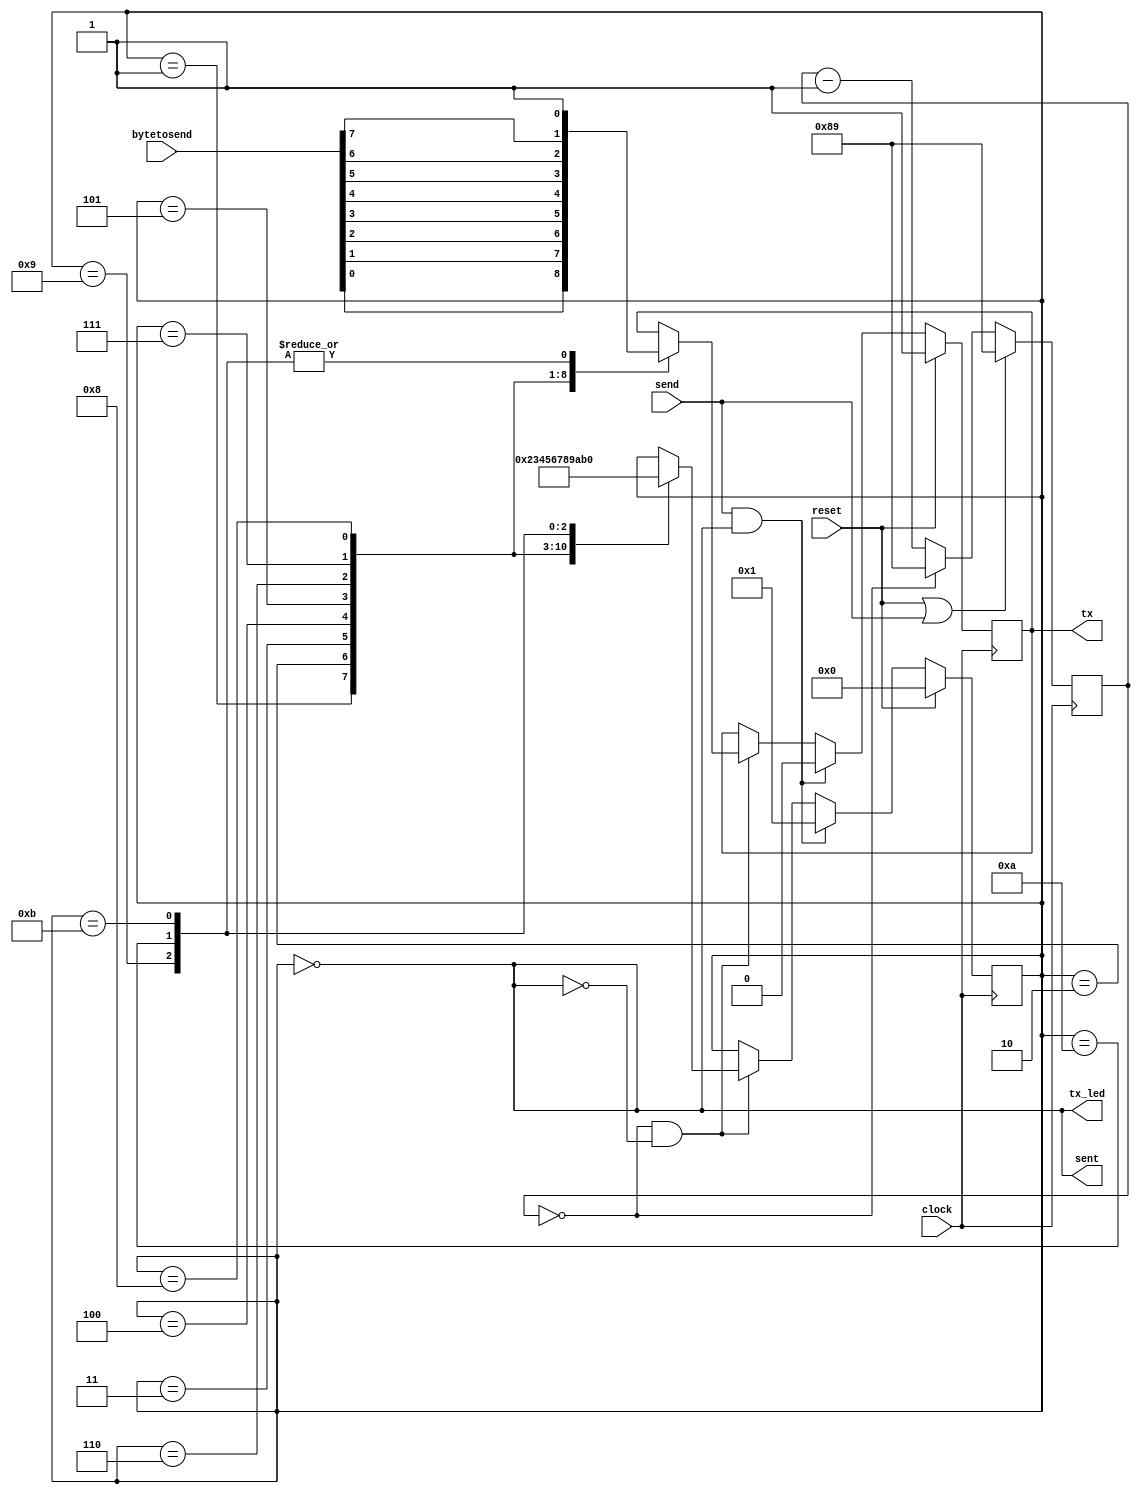
module usart(input clock, input reset, output tx_led, input [7:0] bytetosend, input send, output sent, output tx);

	reg	[15:0] fsm_clk_count = 16'b0;
	wire	fsm_clk;
	reg 	[3:0] state = 4'b0;
	reg	tx_reg = 1;

	parameter fsm_clk_freq = 16000000;
	parameter baud_rate = 115200;
	parameter fsm_clk_divider = fsm_clk_freq/baud_rate; 
	parameter IDLE = 4'b0;
	parameter START_BIT = 4'd1;
	parameter BIT_ONE = 4'd2;
	parameter BIT_TWO = 4'd3;
	parameter BIT_THREE = 4'd4;
	parameter BIT_FOUR = 4'd5;
	parameter BIT_FIVE = 4'd6;
	parameter BIT_SIX = 4'd7;
	parameter BIT_SEVEN = 4'd8;
	parameter BIT_EIGHT = 4'd9;
	parameter STOP_BIT = 4'd10;
	parameter STOP_BIT2 = 4'd11;

	assign fsm_clk = (fsm_clk_count == 16'd0);
	assign tx_led = sent;
	assign tx = tx_reg;
	assign sent = (state == IDLE);


	always @(posedge clock)
	begin
		if (reset | send)
			fsm_clk_count <= fsm_clk_divider - 16'b1;
		else 
		begin
			fsm_clk_count <= fsm_clk_count - 16'd1;
			if (fsm_clk)
				fsm_clk_count <= fsm_clk_divider - 16'b1;
		end
		
	end


	always @(posedge clock)
	begin
		if (reset)
		begin
			state <= IDLE;
			tx_reg <= 1'b1;
		end
		else
			if (send & sent)
			begin
				state <= START_BIT;
				tx_reg <= 1'b0;
`ifdef SIMULATION
				$display("sending: %h", bytetosend);
`endif
			end
			else if (fsm_clk & ~sent) 
			begin
				case(state)
				START_BIT:	begin
							tx_reg <= bytetosend[0];
							state <= BIT_ONE;
						end
				BIT_ONE:	begin
							tx_reg <= bytetosend[1];
							state <= BIT_TWO;
						end
				BIT_TWO:	begin
							tx_reg <= bytetosend[2];
							state <= BIT_THREE;
						end
				BIT_THREE:	begin
							tx_reg <= bytetosend[3];
							state <= BIT_FOUR;
						end
				BIT_FOUR:	begin
							tx_reg <= bytetosend[4];
							state <= BIT_FIVE;
						end
				BIT_FIVE:	begin
							tx_reg <= bytetosend[5];
							state <= BIT_SIX;
						end
				BIT_SIX:	begin
							tx_reg <= bytetosend[6];
							state <= BIT_SEVEN;
						end
				BIT_SEVEN:	begin
							tx_reg <= bytetosend[7];
							state <= BIT_EIGHT;
						end
				BIT_EIGHT:	begin
							tx_reg <= 1'b1;
							state <= STOP_BIT;
						end
				STOP_BIT:	begin
							tx_reg <= 1'b1;
							state <= STOP_BIT2;
						end
				STOP_BIT2:	begin
							tx_reg <= 1'b1;
							state <= IDLE;
						end
				endcase
			end
	end

endmodule